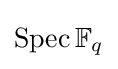
\operatorname {Spec} \mathbb {F} _{q}